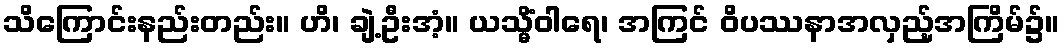
သိကြောင်းနည်းတည်း။ ဟိ၊ ချဲ့ဦးအံ့။ ယသ္မိံဝါရေ၊ အကြင် ဝိပဿနာအလှည့်အကြိမ်၌။